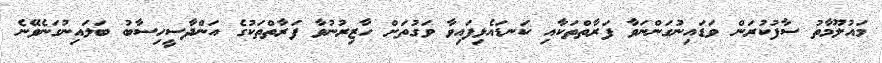
މައުލޫމާތު ސާފުކުރަން ވަޑައިނުގަންނަވާ ފަރާތްތަކާއި ކަނޑައެޅިފައިވާ ވަގުތަށް ހާޒިރުނުވާ ފަރާތްތަކުގެ އަންދާސީހިސާބު ބަލައިނުގަނެވޭނެ